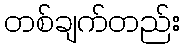
တစ်ချက်တည်း